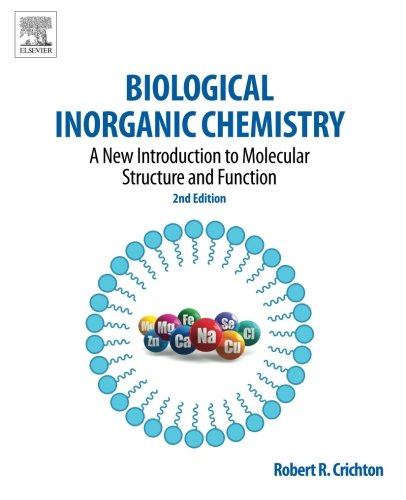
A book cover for Biological Inorganic Chemistry, Second Edition: A New Introduction to Molecular Structure and Function; Robert R. Crichton; Science & Math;